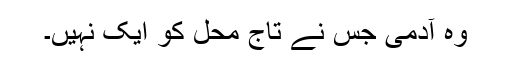
وہ آدمی جس نے تاج محل کو ایک نہیں۔